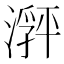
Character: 𬈽